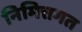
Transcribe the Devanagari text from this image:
निमित्तगत